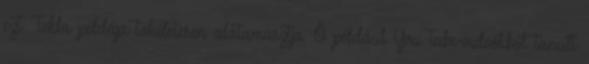
ezt Tekla példája tökéletesen alátamasztja. Ő például YouTube-videókból tanult